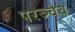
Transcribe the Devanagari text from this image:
परञ्चैव